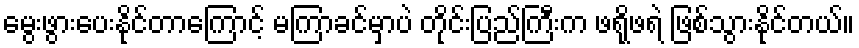
မွေးဖွားပေးနိုင်တာကြောင့် မကြာခင်မှာပဲ တိုင်းပြည်ကြီးက ဖရိုဖရဲ ဖြစ်သွားနိုင်တယ်။